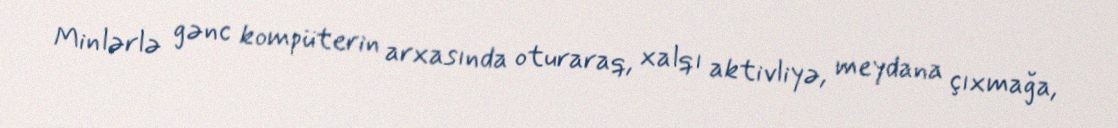
Minlərlə gənc kompüterin arxasında oturaraq, xalqı aktivliyə, meydana çıxmağa,